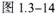
图1.3-14